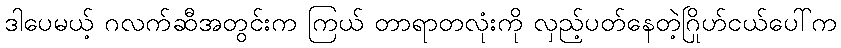
ဒါပေမယ့် ဂလက်ဆီအတွင်းက ကြယ် တာရာတလုံးကို လှည့်ပတ်နေတဲ့ဂြိုဟ်ငယ်ပေါ်က